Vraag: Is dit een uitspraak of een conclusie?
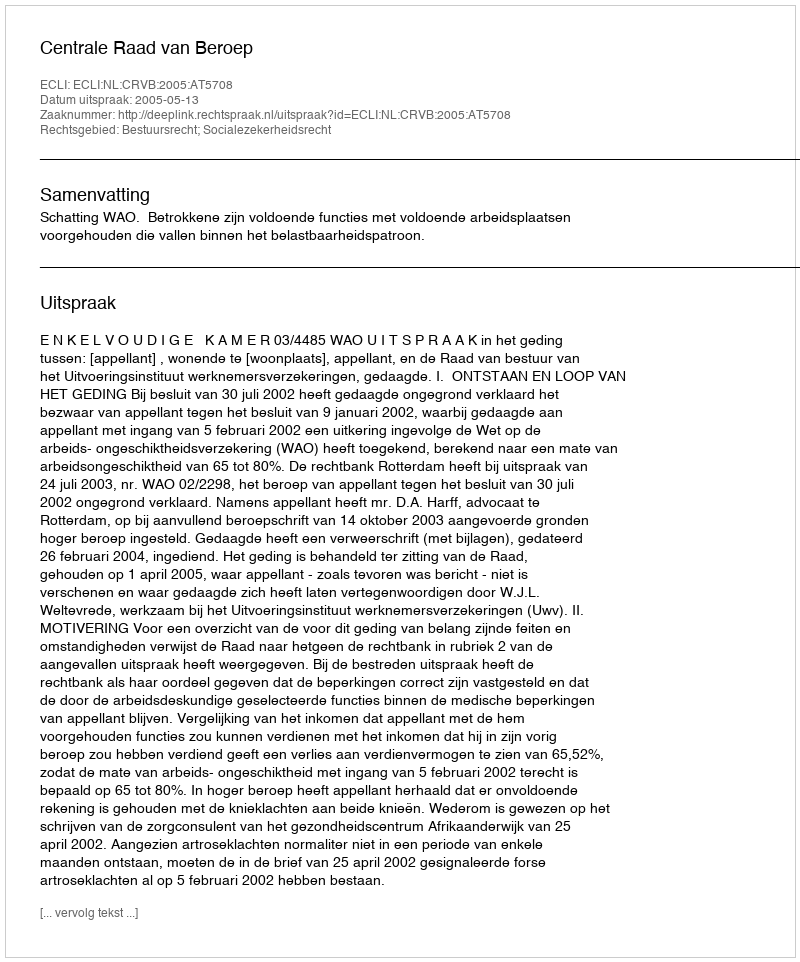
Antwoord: Uitspraak